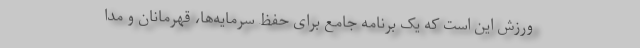
ورزش این است که یک برنامه جامع برای حفظ سرمایه‌ها، قهرمانان و مدا